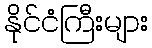
နိုင်ငံကြီးများ